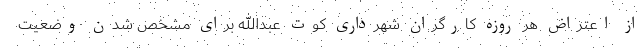
از اعتراض هر روزه کارگران شهرداری کوت عبدالله برای مشخص شدن وضعیت